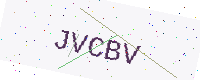
Text: JVCBV